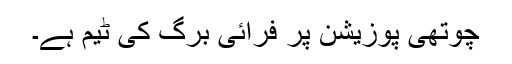
چوتھی پوزیشن پر فرائی برگ کی ٹیم ہے۔